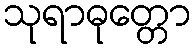
သုရာဓုတ္တော